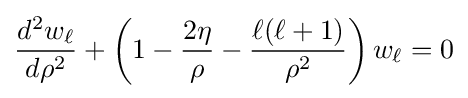
{\frac {d^{2}w_{\ell }}{d\rho ^{2}}}+\left(1-{\frac {2\eta }{\rho }}-{\frac {\ell (\ell +1)}{\rho ^{2}}}\right)w_{\ell }=0